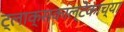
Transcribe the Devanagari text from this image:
ट्लाक्सकाल्टेकाच्या